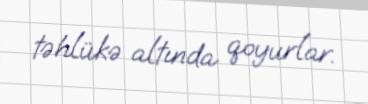
təhlükə altında qoyurlar.